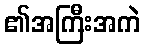
၏အကြီးအကဲ